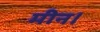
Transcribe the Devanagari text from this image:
मीन।